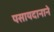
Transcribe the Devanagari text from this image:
पसायदानाने